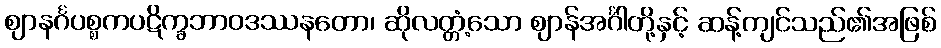
ဈာနင်္ဂပစ္စကပဋိက္ခဘာဝဒဿနတော၊ ဆိုလတ္တံ့သော ဈာန်အင်္ဂါတို့နှင့် ဆန့်ကျင်သည်၏အဖြစ်